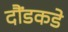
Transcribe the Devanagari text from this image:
दौंडकडे